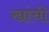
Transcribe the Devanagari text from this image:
खांची